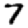
Digit: 7